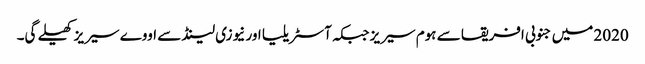
2020 میں جنوبی افریقا سے ہوم سیریز جبکہ آسٹریلیا اور نیوزی لینڈ سے اووے سیریز کھیلے گی۔